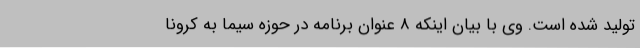
تولید شده است. وی با بیان اینکه 8 عنوان برنامه در حوزه سیما به کرونا